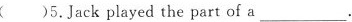
( )5.Jack played the part of a ___.